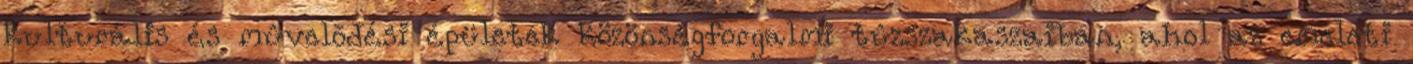
kulturális és mûvelõdési épületek közönségforgalmi tûzszakaszaiban, ahol az emeleti